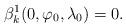
LaTeX: \begin{align*} \beta_k^1(0,\varphi_0,\lambda_0)=0.\end{align*}